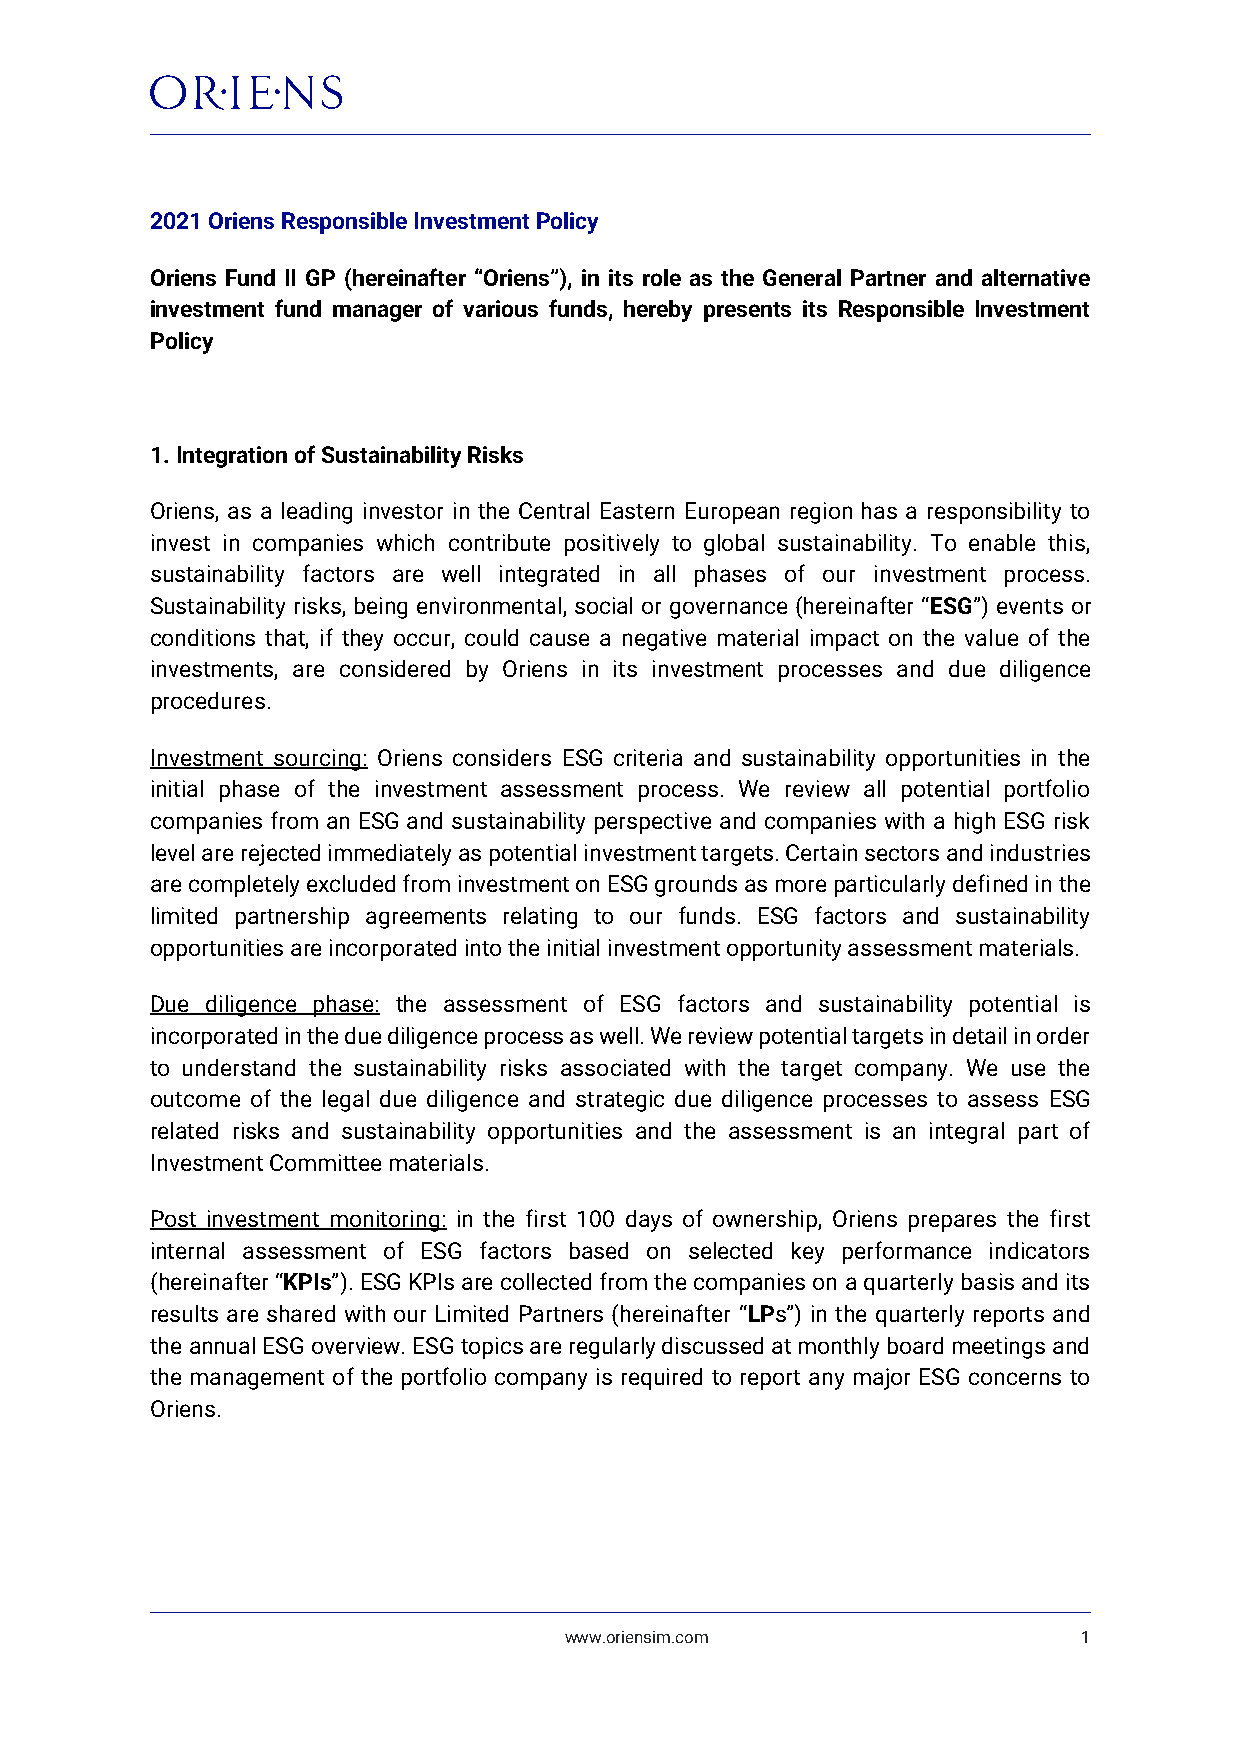
2021 Oriens Responsible Investment Policy
 Oriens Fund II GP (hereinafter “Oriens”), in its role as the General Partner and alternative
 investment fund manager of various funds, hereby presents its Responsible Investment
 Policy
 1. Integration of Sustainability Risks
 Oriens, as a leading investor in the Central Eastern European region has a responsibility to
 invest in companies which contribute positively to global sustainability. To enable this,
 sustainability factors are well integrated in all phases of our investment process.
 Sustainability risks, being environmental, social or governance (hereinafter “ESG”) events or
 conditions that, if they occur, could cause a negative material impact on the value of the
 investments, are considered by Oriens in its investment processes and due diligence
 procedures.
 Investment sourcing: Oriens considers ESG criteria and sustainability opportunities in the
 initial phase of the investment assessment process. We review all potential portfolio
 companies from an ESG and sustainability perspective and companies with a high ESG risk
 level are rejected immediately as potential investment targets. Certain sectors and industries
 are completely excluded from investment on ESG grounds as more particularly defined in the
 limited partnership agreements relating to our funds. ESG factors and sustainability
 opportunities are incorporated into the initial investment opportunity assessment materials.
 Due diligence phase: the assessment of ESG factors and sustainability potential is
 incorporated in the due diligence process as well. We review potential targets in detail in order
 to understand the sustainability risks associated with the target company. We use the
 outcome of the legal due diligence and strategic due diligence processes to assess ESG
 related risks and sustainability opportunities and the assessment is an integral part of
 Investment Committee materials.
 Post investment monitoring: in the first 100 days of ownership, Oriens prepares the first
 internal assessment of ESG factors based on selected key performance indicators
 (hereinafter “KPIs”). ESG KPIs are collected from the companies on a quarterly basis and its
 results are shared with our Limited Partners (hereinafter “LPs”) in the quarterly reports and
 the annual ESG overview. ESG topics are regularly discussed at monthly board meetings and
 the management of the portfolio company is required to report any major ESG concerns to
 Oriens.
 www.oriensim.com                   1